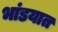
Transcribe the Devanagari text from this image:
भांडयात